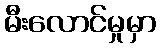
မီးလောင်မှုမှာ